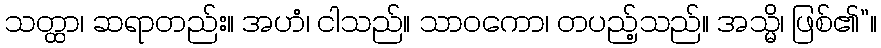
သတ္ထာ၊ ဆရာတည်း။ အဟံ၊ ငါသည်။ သာဝကော၊ တပည့်သည်။ အသ္မိ၊ ဖြစ်၏”။